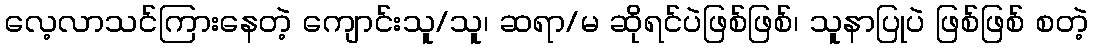
လေ့လာသင်ကြားနေတဲ့ ကျောင်းသူ/သူ၊ ဆရာ/မ ဆိုရင်ပဲဖြစ်ဖြစ်၊ သူနာပြုပဲ ဖြစ်ဖြစ် စတဲ့